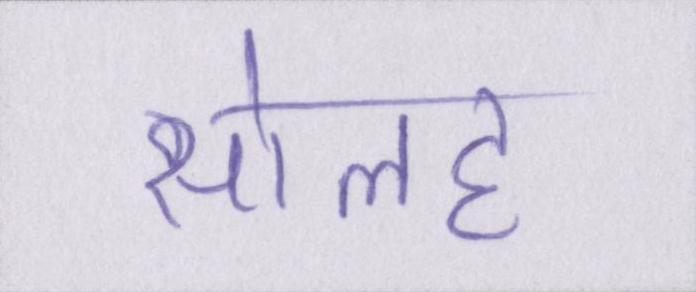
सोलह